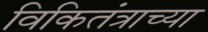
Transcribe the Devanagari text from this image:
विकितंत्राच्या